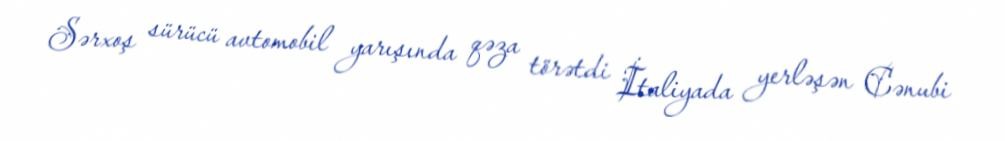
Sərxoş sürücü avtomobil yarışında qəza törətdi İtaliyada yerləşən Cənubi